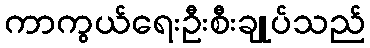
ကာကွယ်ရေးဦးစီးချုပ်သည်